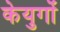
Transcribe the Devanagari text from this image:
केयुगों